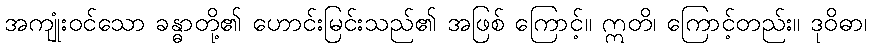
အကျုံးဝင်သော ခန္ဓာတို့၏ ဟောင်းမြင်းသည်၏ အဖြစ် ကြောင့်။ ဣတိ၊ ကြောင့်တည်း။ ဒုဝိဓာ၊